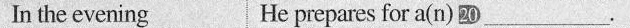
In the evening He prepares for a(n) 20 ___.